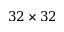
3 2 \times 3 2